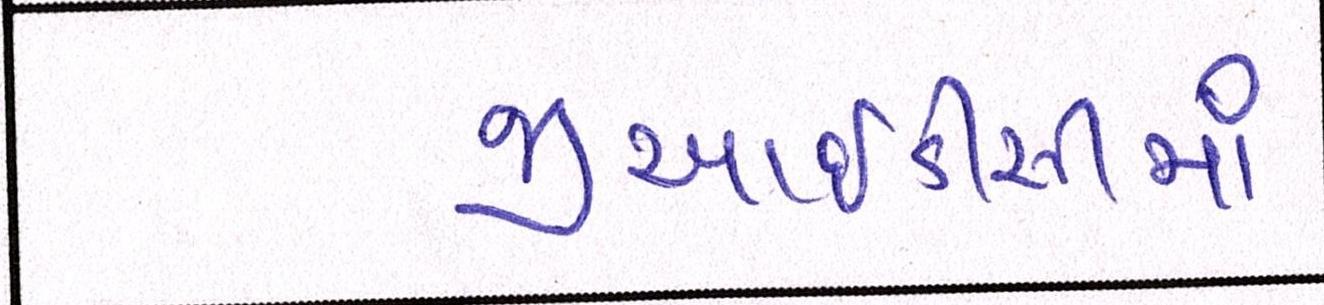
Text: જીઆઇડીસીમાં